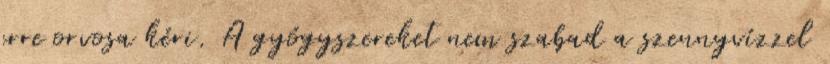
erre orvosa kéri. A gyógyszereket nem szabad a szennyvízzel